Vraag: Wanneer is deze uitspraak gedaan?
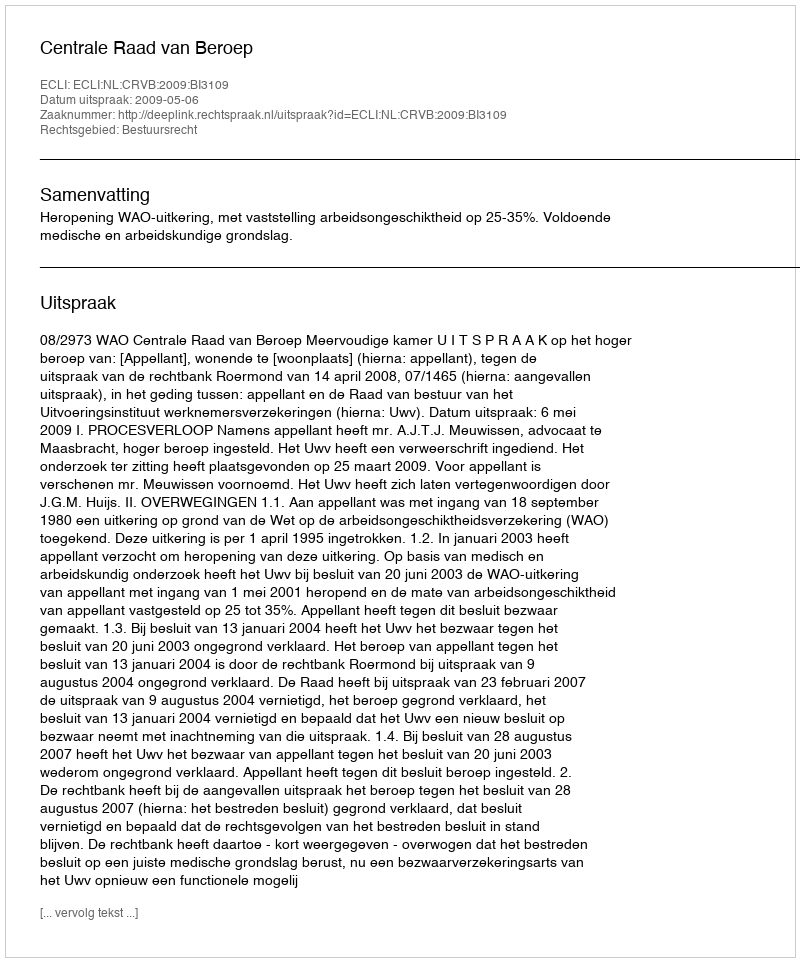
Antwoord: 2009-05-06